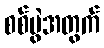
စစ်ပွဲအတွက်